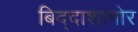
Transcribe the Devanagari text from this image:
बिद्दाशागोर